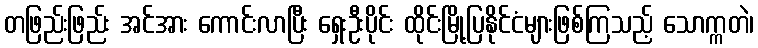
တဖြည်းဖြည်း အင်အား ကောင်းလာပြီး ရှေးဦးပိုင်း ထိုင်းမြို့ပြနိုင်ငံများဖြစ်ကြသည့် သောက္ကတဲ၊